Source: Handwritten
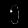
Digit: ၅ (5)